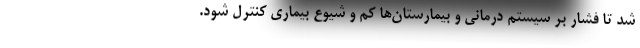
شد تا فشار بر سیستم درمانی و بیمارستان‌ها کم و شیوع بیماری کنترل شود.